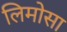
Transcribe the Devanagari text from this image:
लिमोसा